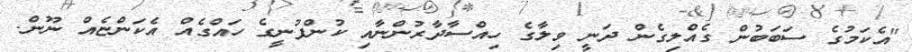
"އެކަމުގެ ސަބަބުން ގެއްލިގެން ދަނީ ވިލާގެ ހިއްސާދާރުންނާއި ކުންފުނީގެ ހައްގެއް އެކަންޏެއް ނޫން.